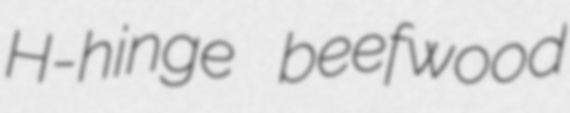
H-hinge beefwood